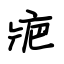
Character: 疤